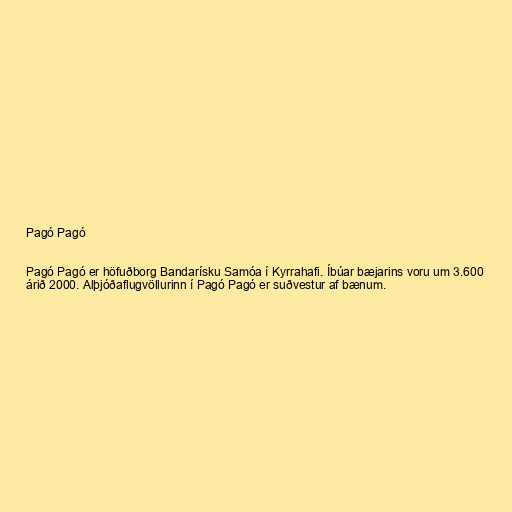
Pagó Pagó

Pagó Pagó er höfuðborg Bandarísku Samóa í Kyrrahafi. Íbúar bæjarins voru um 3.600
árið 2000. Alþjóðaflugvöllurinn í Pagó Pagó er suðvestur af bænum.